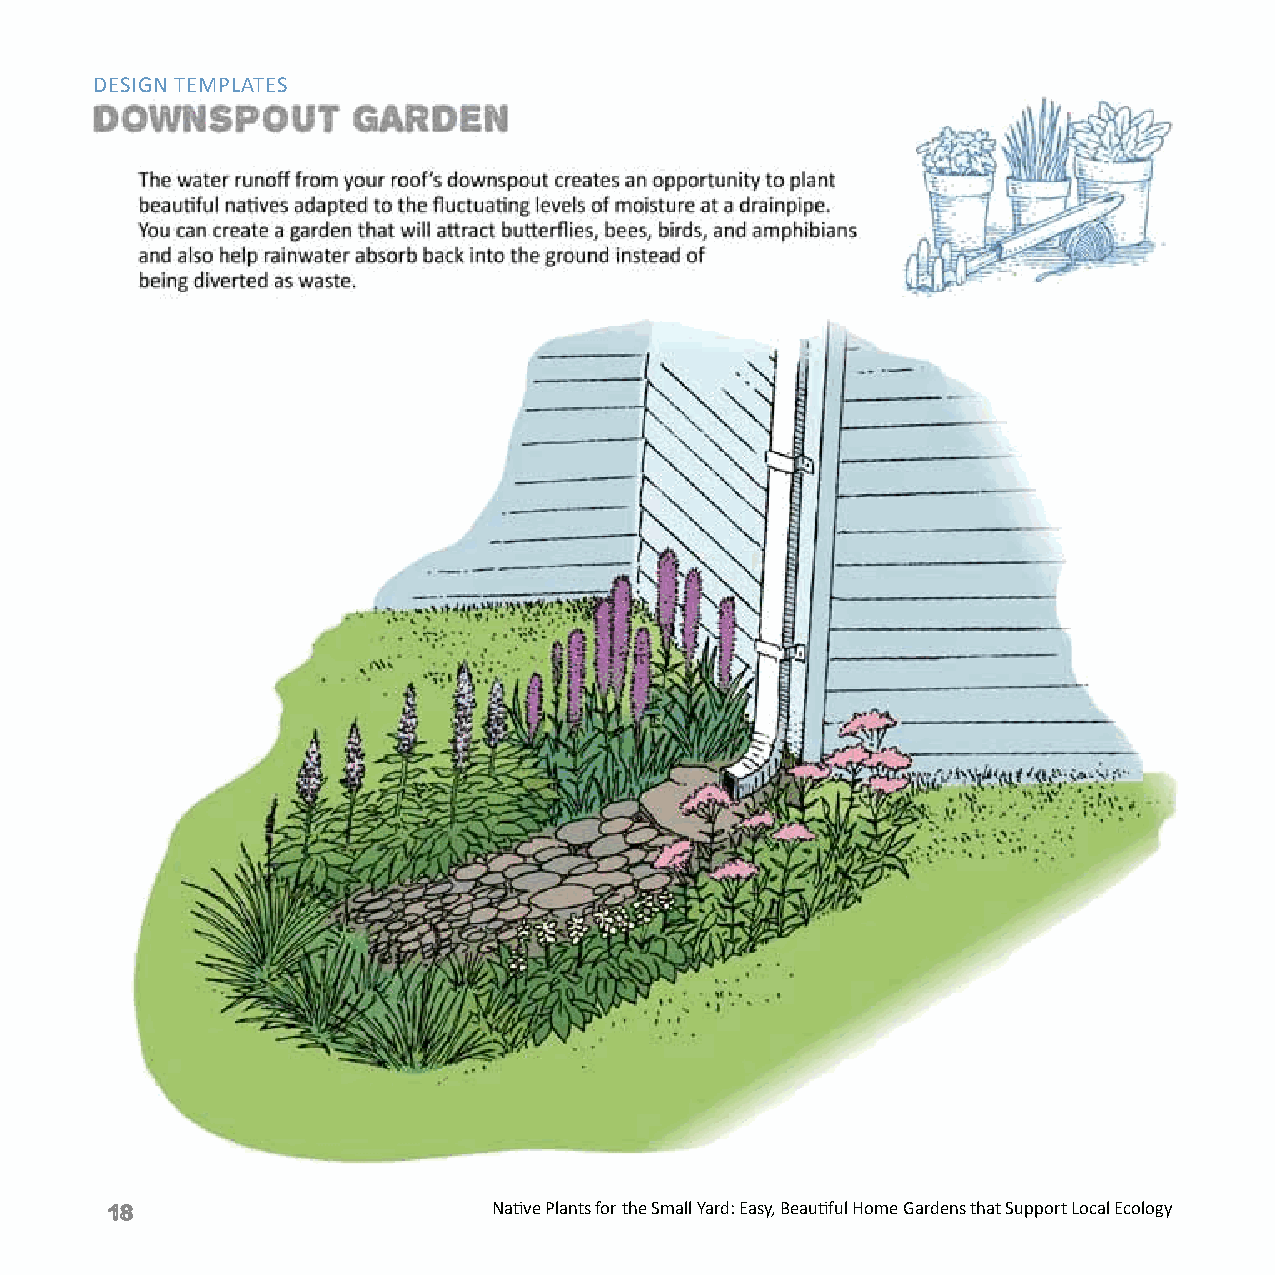
DESIGN TEMPLATES
 18                        Native Plants for the Small Yard: Easy, Beautiful Home Gardens that Support Local Ecology